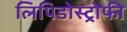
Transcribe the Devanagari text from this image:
लिपिडोस्ट्रोफी